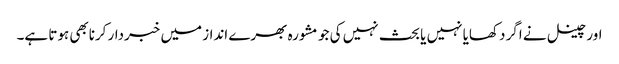
اور چینل نے اگر دکھایا نہیں یا بحث نہیں کی جو مشورہ بھرے انداز میں خبردار کرنابھی ہوتا ہے۔